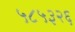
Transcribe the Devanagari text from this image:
५८५३२६